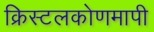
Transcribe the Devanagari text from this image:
क्रिस्टलकोणमापी